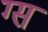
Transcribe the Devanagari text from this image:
ग्स